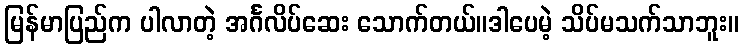
မြန်မာပြည်က ပါလာတဲ့ အင်္ဂလိပ်ဆေး သောက်တယ်။ဒါပေမဲ့ သိပ်မသက်သာဘူး။